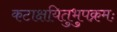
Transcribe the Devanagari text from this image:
कटाक्षयितुभुपक्रमः